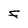
Character: f